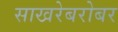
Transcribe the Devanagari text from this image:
साखरेबरोबर